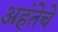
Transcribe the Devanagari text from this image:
अहंतेचे